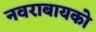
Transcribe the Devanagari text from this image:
नवराबायको